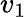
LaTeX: v_{1}